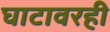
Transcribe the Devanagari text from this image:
घाटावरही